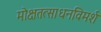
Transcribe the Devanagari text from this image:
मोक्षतत्साधनविमर्श